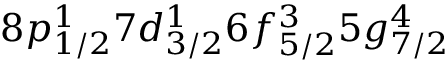
8 p _ { 1 / 2 } ^ { 1 } 7 d _ { 3 / 2 } ^ { 1 } 6 f _ { 5 / 2 } ^ { 3 } 5 g _ { 7 / 2 } ^ { 4 }